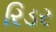
રિડર